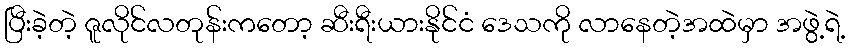
ပြီးခဲ့တဲ့ ဇူလိုင်လတုန်းကတော့ ဆီးရီးယားနိုင်ငံ ဒေသကို လာနေတဲ့အထဲမှာ အဖွဲ့ရဲ့